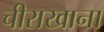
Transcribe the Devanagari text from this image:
चीराखाना